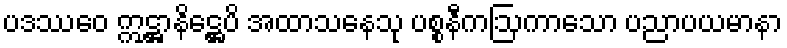
ပဒဿေဝ ဣဋ္ဌာနိဋ္ဌေပိ အထာသနေသု ပစ္စနီကဩကာသော ပညာပယမာနာ